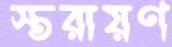
স্তরায়ণ